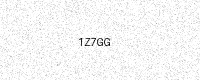
Text: 1Z7GG